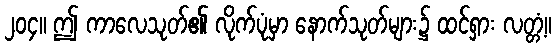
၂၀၄။ ဤ ကာလေသုတ်၏ လိုက်ပုံမှာ နောက်သုတ်များ၌ ထင်ရှား လတ္တံ့။